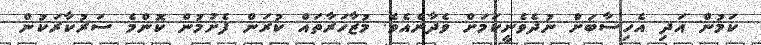
ކަމުން އަދި އެހިސާބަށް ނުދެވެނީކަމަށް ވެދާނެއެވެ. މުޒާހަރާތައް ކުރަން ފެށުމުން ކޮންމެ ސަރުކާރަކުން